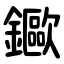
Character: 䥲